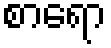
စာရော